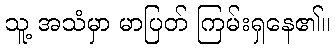
သူ့ အသံမှာ မာပြတ် ကြမ်းရှနေ၏။